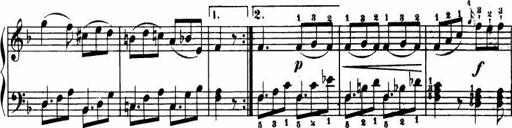
Title: Le bouquetier
Composer: Anton Diabelli
Key: G major
 C major
 F major
 C major